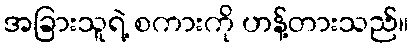
အခြားသူရဲ့ စကားကို ဟန့်တားသည်။